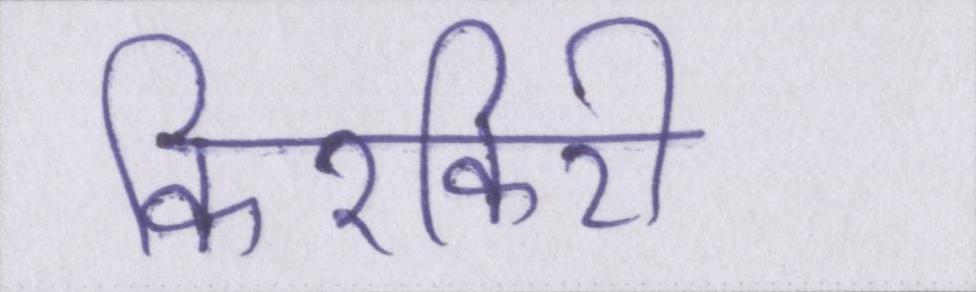
किरकिरी